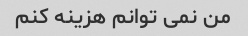
من نمی توانم هزینه کنم